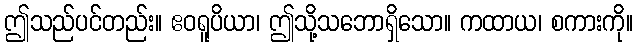
ဤသည်ပင်တည်း။ ဧဝရူပိယာ၊ ဤသို့သဘောရှိသော။ ကထာယ၊ စကားကို။